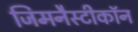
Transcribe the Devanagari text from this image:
जिमनैस्टीकॉन